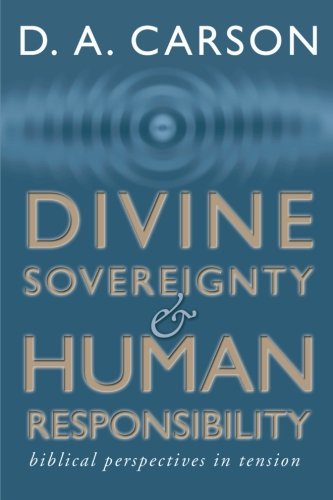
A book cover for Divine Sovereignty and Human Responsibility: Biblical Perspective in Tension; D. A. Carson; Religion & Spirituality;